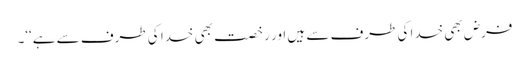
فرض بھی خدا کی طرف سے ہیں اور رخصت بھی خدا کی طرف سے ہے‘‘۔